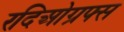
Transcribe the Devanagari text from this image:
रदिओग्रफ्स